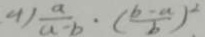
4 ) \frac { a } { a - b } \cdot ( \frac { b - a } { b } ) ^ { 2 } .